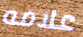
علامه